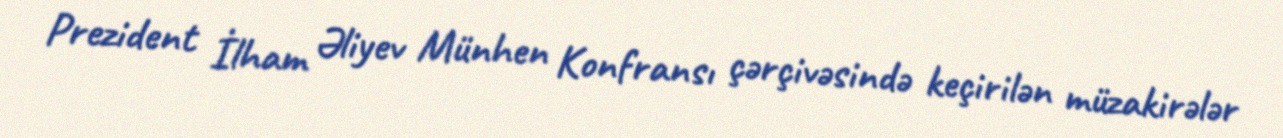
Prezident İlham Əliyev Münhen Konfransı çərçivəsində keçirilən müzakirələr